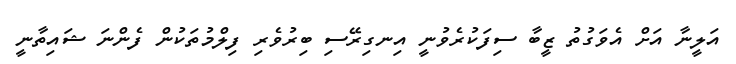
އަލީނާ އަށް އެވަގުތު ޒީބާ ސިފަކުރެވުނީ އިނގިރޭސި ބިރުވެރި ފިލްމުތަކުން ފެންނަ ޝައިތާނީ